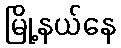
မြို့နယ်နေ